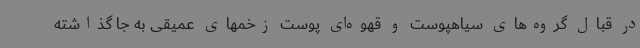
در قبال گروه‌های سیاهپوست و قهوه‌ای پوست زخمهای عمیقی به جا گذاشته